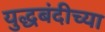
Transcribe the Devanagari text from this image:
युद्धबंदीच्या